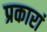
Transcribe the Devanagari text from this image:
प्रकारां